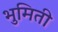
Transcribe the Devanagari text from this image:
भुमिती